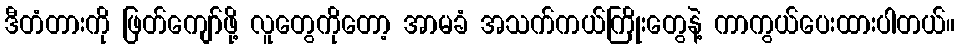
ဒီတံတားကို ဖြတ်ကျော်ဖို့ လူတွေကိုတော့ အာမခံ အသက်ကယ်ကြိုးတွေနဲ့ ကာကွယ်ပေးထားပါတယ်။